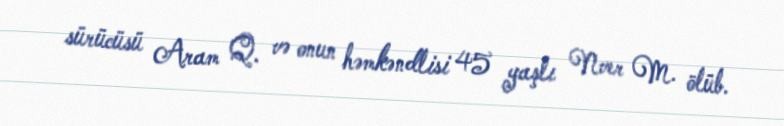
sürücüsü Aram Q. və onun həmkəndlisi 45 yaşlı Nver M. ölüb.